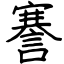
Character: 謇